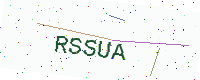
Text: RSSUA